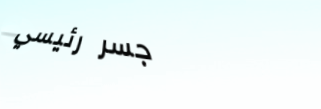
جسر رئيسي